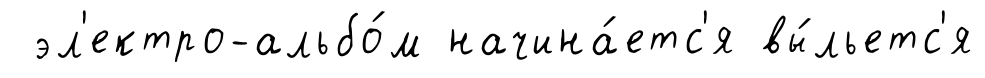
эл'ектро-альбо́м начина́етс'я вы́льетс'я